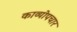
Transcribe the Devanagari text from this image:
काव्योपचार